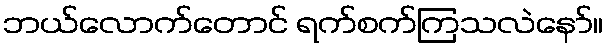
ဘယ်လောက်တောင် ရက်စက်ကြသလဲနော်။